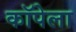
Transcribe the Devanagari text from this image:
कॉपेला